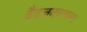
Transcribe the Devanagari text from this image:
दैवज्ञवल्लभा